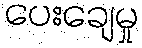
ပေးချေမှု